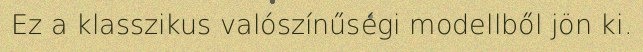
Ez a klasszikus valószínűségi modellből jön ki.